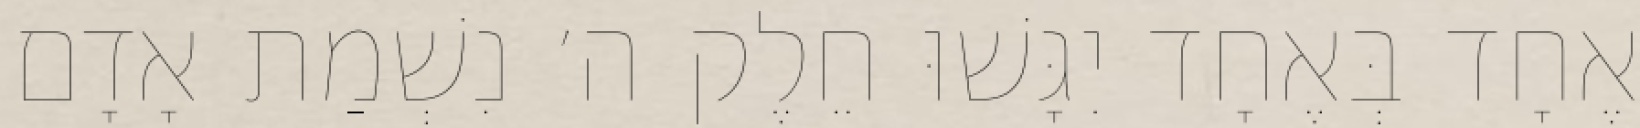
אֶחָד בְּאֶחָד יִגָּשׁוּ חֵלֶק ה׳ נִשְׁמַת אָדָם